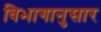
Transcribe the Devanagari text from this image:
विभागानुसार